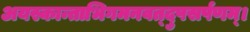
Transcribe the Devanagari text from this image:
अयस्कान्ताभिगमनवत्दुपसर्पणम्।